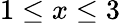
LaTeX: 1\leq x\leq 3